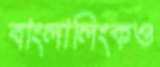
বাংলালিংকও